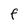
Character: F